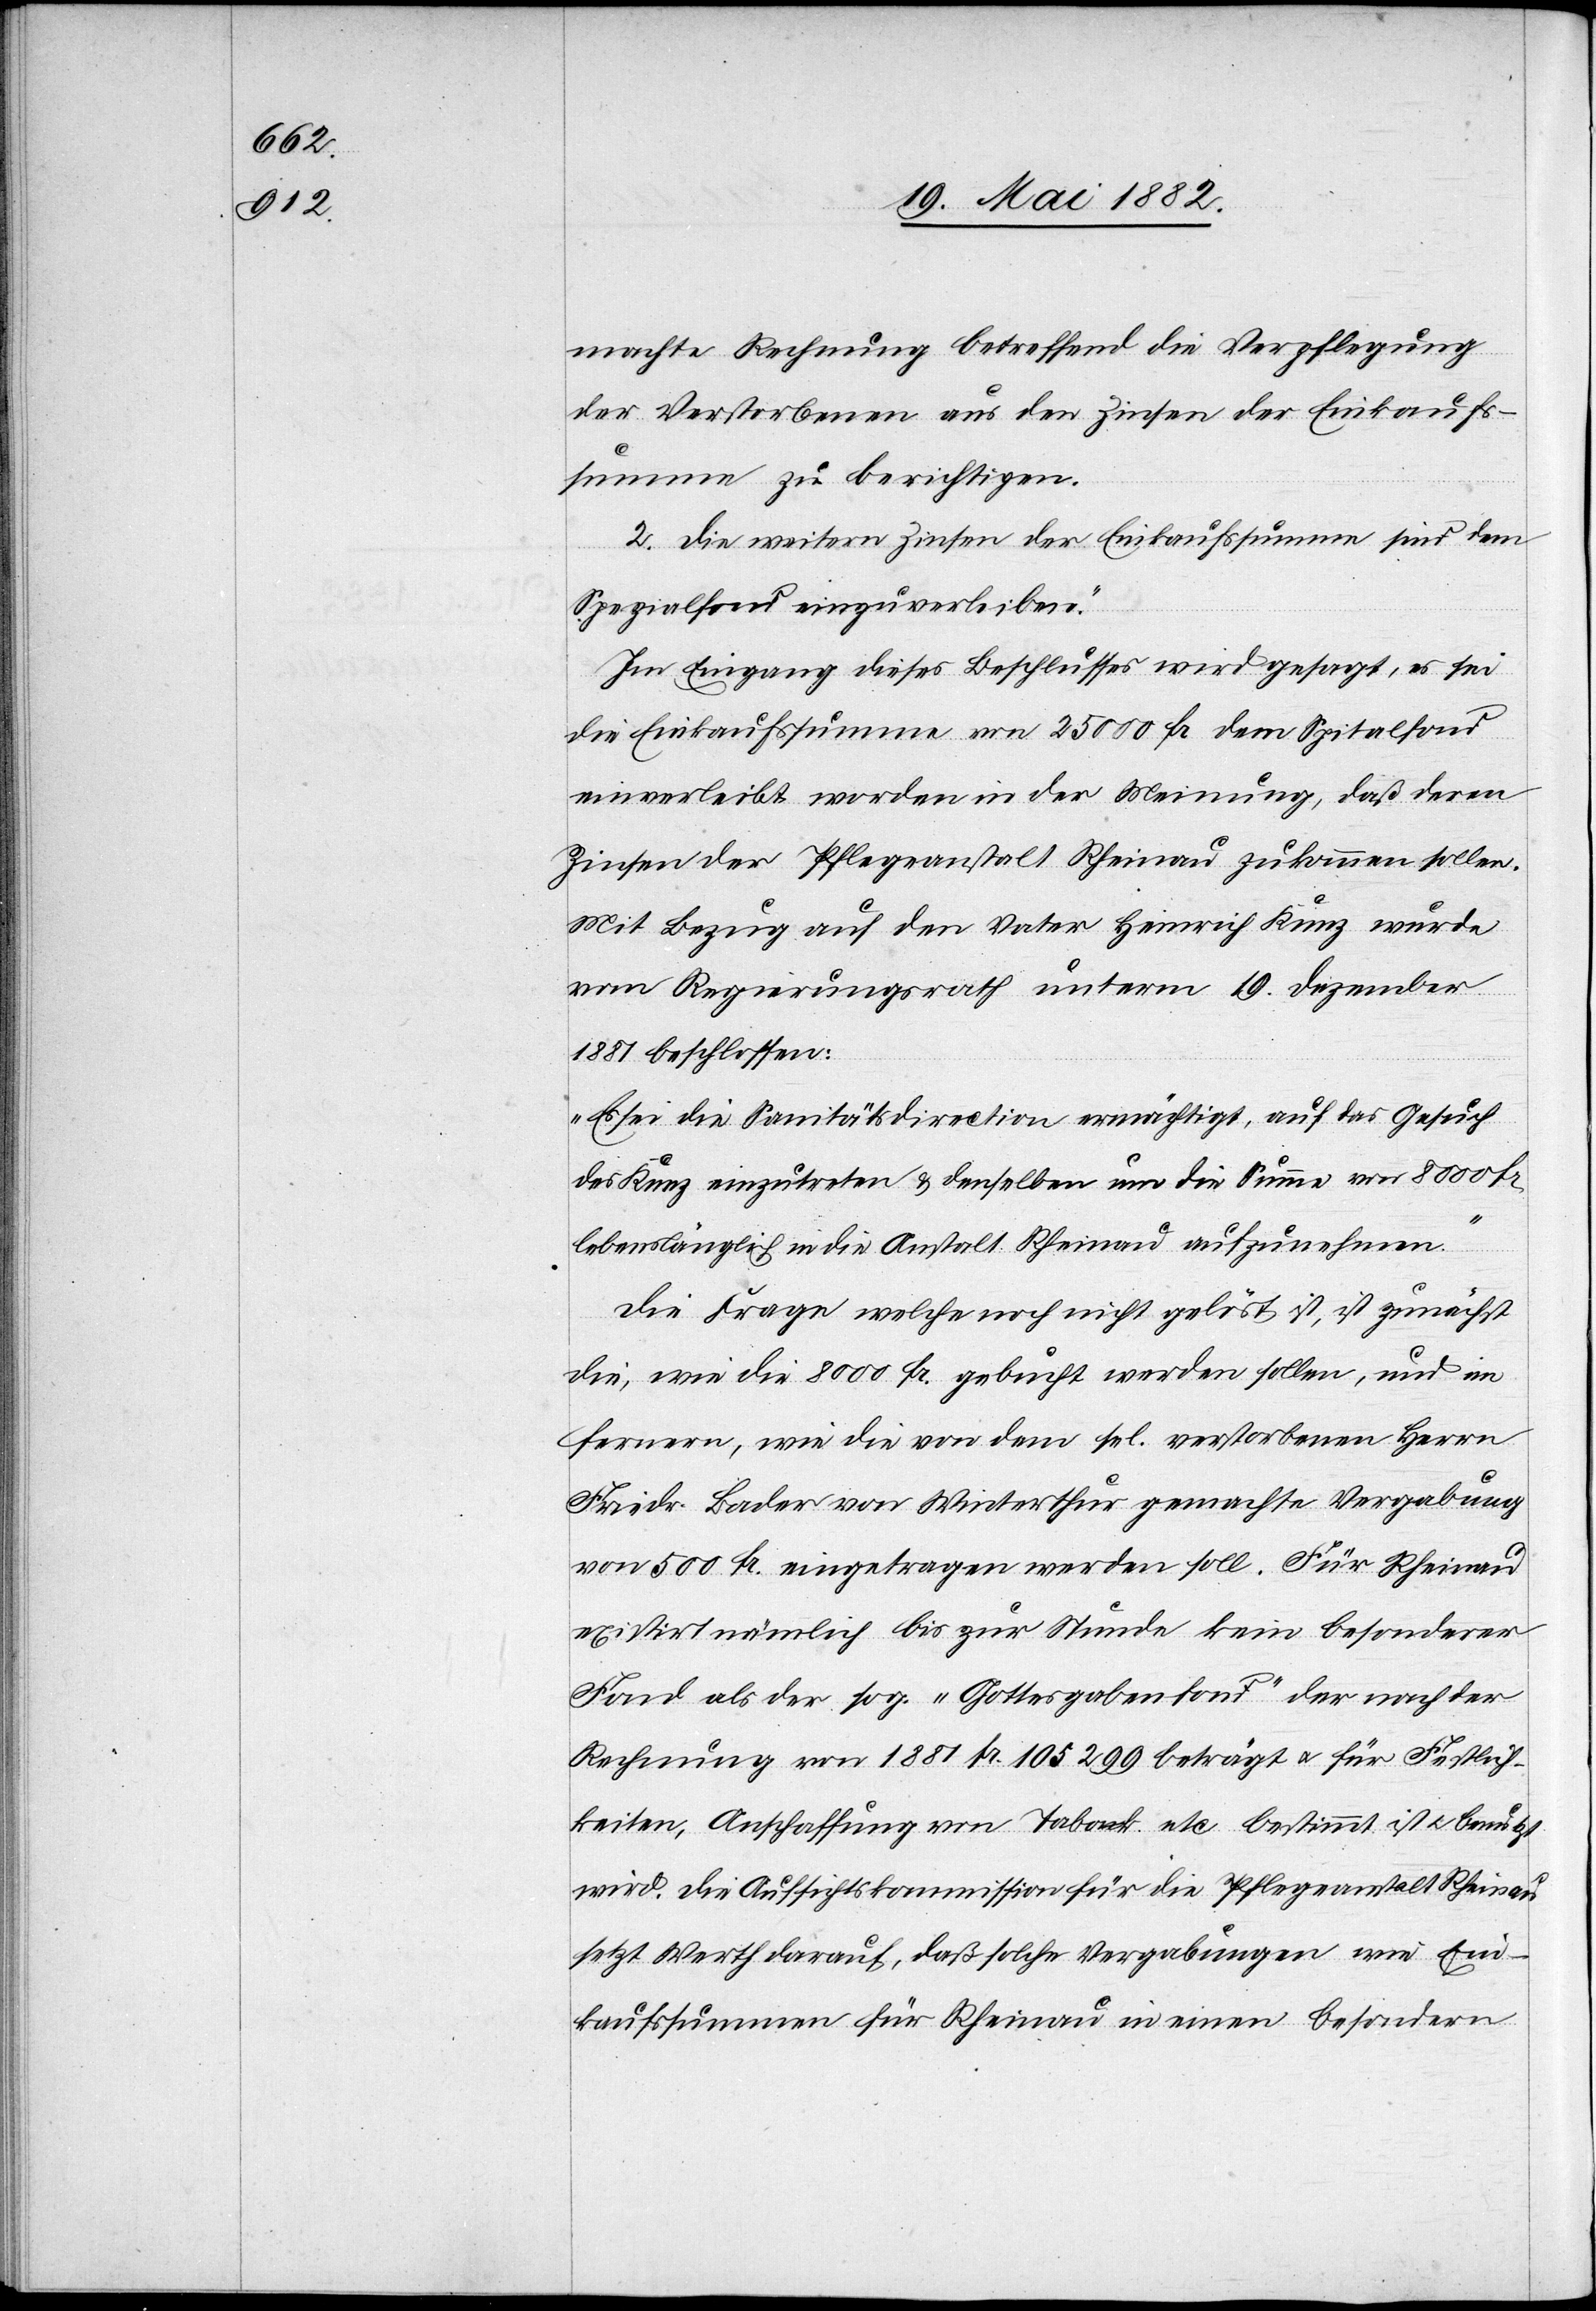
machte Rechnung betreffend die Verpflegung
der Verstorbenen aus den Zinsen der Einkaufs¬
summe zu berichtigen.
2. Die weitern Zinsen der Einkaufssumme sind dem
Spezialfond einzuverleiben.
In Eingang dieses Beschluß wird gesagt, es sei
die Einkaufssumme von 25 000 Fr. dem Spitalfond
einverleibt worden in der Meinung, daß deren
Zinsen der Pflegeanstalt Rheinau zukommen sollen.
Mit Bezug auf den Vater Heinrich Kunz wurde
vom Regierungsrath unterm 19. Dezember
1881 beschlossen:
„Es sei die Sanitätsdirection ermächtigt, auf das Gesuch
des Kunz einzutreten & denselben um die Summe von 8000 Fr.
lebenslänglich in die Anstalt Rheinau aufzunehmen.“
Die Frage welche noch nicht gelöst ist, ist zunächst
die, wie die 8000 Fr. gebucht werden sollen, und im
Fernern, wie die von dem sel. verstorbenen Herrn
Friedr. Bader von Winterthur gemachte Vergabung
von 500 Fr. eingetragen werden soll. Für Rheinau
existirt nämlich bis zur Stunde kein besonderer
Fond als der sog. „Gottesgabenfond“ der nach der
Rechnung von 1881 Fr. 105 299 beträgt u. für Festlich¬
keiten, Anschaffung von Tabak etc. bestimmt ist u. benutzt
wird. Die Aufsichtskommission für die Pflegeanstalt Rheinau
setzt Werth darauf, daß solche Vergabungen wie Ein¬
kaufssummen für Rheinau in einen besondern